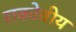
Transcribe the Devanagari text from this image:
राकोवीय